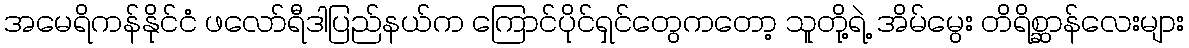
အမေရိကန်နိုင်ငံ ဖလော်ရီဒါပြည်နယ်က ကြောင်ပိုင်ရှင်တွေကတော့ သူတို့ရဲ့ အိမ်မွေး တိရိစ္ဆာန်လေးများ